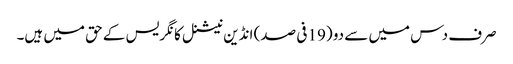
صرف دس میں سے دو (19 فی صد) انڈین نیشنل کانگریس کے حق میں ہیں۔